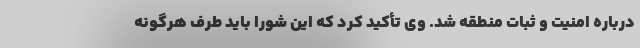
درباره امنیت و ثبات منطقه شد. وی تأکید کرد که این شورا باید طرف هرگونه